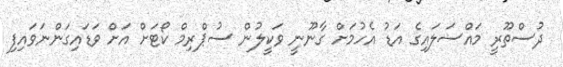
ދުސްތޫރީ މައްސަލައިގެ އަޑު އެހުމަށް ގާނޫނީ ވަކީލުން ސުޕްރިމް ކޯޓަށް އަށް ވަޑައިގަންނަވައިފި